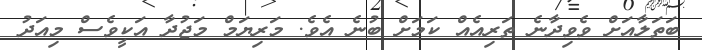
ބަތަލާއަށް ވެވިދާނެ ތަރިއެއް ކަމަށް ބުނެ އެވެ. މަރިޔަމް މަޖުދާ އަކީވެސް މިއަދު